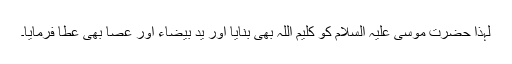
لہذا حضرت موسیٰ علیہ السلام کو کلیم اللہ بھی بنایا اور یدِ بیضاء اور عصا بھی عطا فرمایا۔